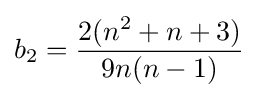
b_{2}={\frac {2(n^{2}+n+3)}{9n(n-1)}}